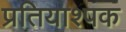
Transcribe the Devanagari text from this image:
प्रतियाश्पक